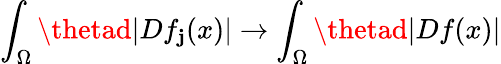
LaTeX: \int_{\Omega}\thetad|Df_{\mathbf{j}}(x)|\to\int_{\Omega}\thetad|Df(x)|